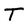
Character: T